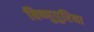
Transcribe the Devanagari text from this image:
बिष्णुपुरिया